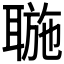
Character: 𦖮